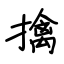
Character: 擒